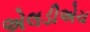
એલડીએચ